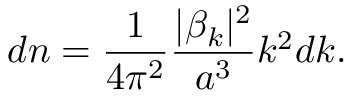
d n = \frac { 1 } { 4 \pi ^ { 2 } } \frac { | \beta _ { k } | ^ { 2 } } { a ^ { 3 } } k ^ { 2 } d k .